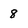
Character: 8